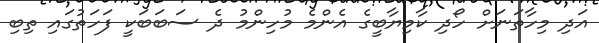
އަދި މިހާތަނަށް ހޯދި ކާމިޔާބީގެ އެންމެ މުހިންމު ދެ ސަބަބަކީ ފަހަތުގައި ތިބި